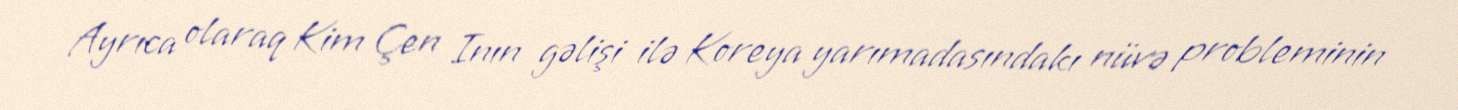
Ayrıca olaraq Kim Çen Inın gəlişi ilə Koreya yarımadasındakı nüvə probleminin